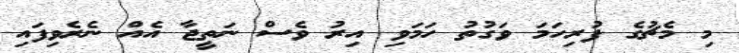
މި މެޗުގެ ފުރިހަމަ ވަގުތު ހަމަވި އިރު ވެސް ނަތީޖާ އެއް ނެރެވިފައި